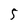
Character: 5